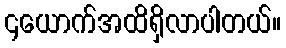
၄ယောက်အထိရှိလာပါတယ်။